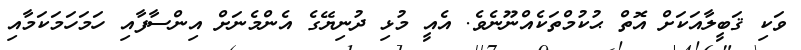
ވަކި ޤަބީލާއަކަށް އޮތް ޙުކުމްތަކެއްނޫނެވެ. އެއީ މުޅި ދުނިޔޭގެ އެންމެނަށް އިންސާފާއި ހަމަހަމަކަމާއި